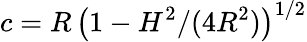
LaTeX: c=R\, \big(1-H^{2}/(4R^{2})\big)^{1/2}